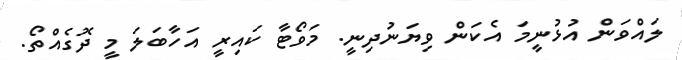
ލައްވަން އުޅުނީމަ އެކަން ވިޔަނުދިނީ. މަވޯޓާ ކައިރީ އަހާބަލަ މީ ދޮގެއްތޯ.